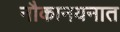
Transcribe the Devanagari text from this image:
नौकानयनात